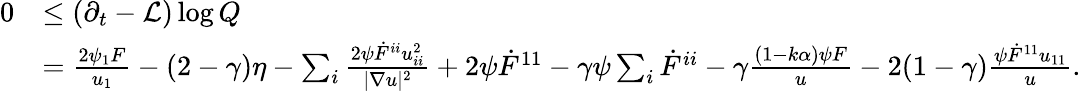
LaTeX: \begin{array}{rl}{0}&{\leq(\partial_{t}-\mathcal{L})\log Q}\\ &{=\frac{2\psi_{1}F}{u_{1}}-(2-\gamma)\eta-\sum_{i}\frac{2\psi\dot{F}^{ii}u_{ii}^{2}}{|\nabla u|^{2}}+2\psi\dot{F}^{11}-\gamma\psi\sum_{i}\dot{F}^{ii}-\gamma\frac{(1-k\alpha)\psi F}{u}-2(1-\gamma)\frac{\psi\dot{F}^{11}u_{11}}{u}.}\end{array}